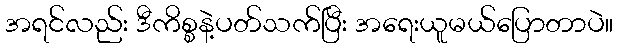
အရင်လည်း ဒီကိစ္စနဲ့ပတ်သက်ပြီး အရေးယူမယ်ပြောတာပဲ။